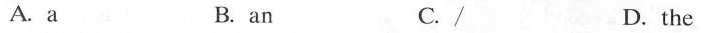
A. a B. an C. / D. the